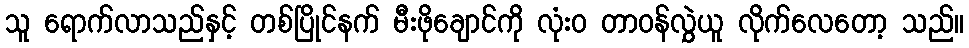
သူ ရောက်လာသည်နှင့် တစ်ပြိုင်နက် မီးဖိုချောင်ကို လုံးဝ တာဝန်လွှဲယူ လိုက်လေတော့ သည်။